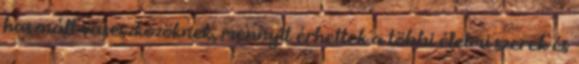
használt vaseszközöknek, mennyit érhettek a többi élelmi szerek és